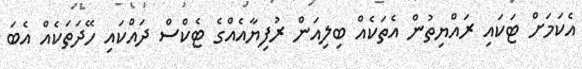
އެކަމަށް ޓަކައި ރައްޔިތުން އެތަކެއް ބިލިއަން ރުފިޔާއެއްގެ ޓެކްސް ދައްކައި ހޭދަތަކެއް އެބަ